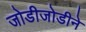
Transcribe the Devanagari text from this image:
जोडीजोडीने